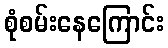
စုံစမ်းနေကြောင်း